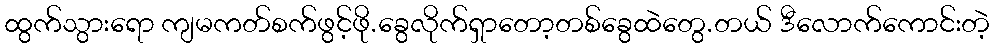
ထွက်သွားရော ကျမကတ်စက်ဖွင့်ဖို.ခွေလိုက်ရှာတော့တစ်ခွေထဲတွေ.တယ် ဒီလောက်ကောင်းတဲ့